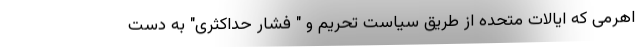
اهرمی که ایالات متحده از طریق سیاست تحریم و " فشار حداکثری" به دست